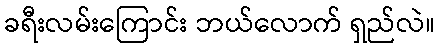
ခရီးလမ်းကြောင်း ဘယ်လောက် ရှည်လဲ။